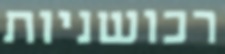
רכושניות